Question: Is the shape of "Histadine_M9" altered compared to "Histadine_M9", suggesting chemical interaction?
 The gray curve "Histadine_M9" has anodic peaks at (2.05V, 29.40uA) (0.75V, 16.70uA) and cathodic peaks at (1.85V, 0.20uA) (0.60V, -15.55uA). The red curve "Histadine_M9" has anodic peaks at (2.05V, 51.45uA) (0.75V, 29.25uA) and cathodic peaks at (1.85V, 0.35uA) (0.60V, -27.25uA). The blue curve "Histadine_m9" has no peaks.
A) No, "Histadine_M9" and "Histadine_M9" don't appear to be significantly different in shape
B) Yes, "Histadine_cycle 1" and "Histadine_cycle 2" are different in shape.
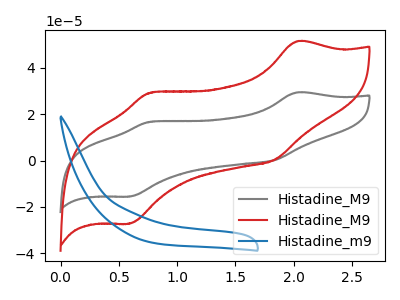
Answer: <think>All the peaks in "Histadine_M9" have a peak in "Histadine_M9" at the same potential.
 </think>
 <answer>A) No, "Histadine_M9" and "Histadine_M9" don't appear to be significantly different in shape</answer>
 <eval>A</eval>